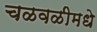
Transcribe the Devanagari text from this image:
चळवळीमधे